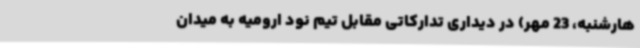
هارشنبه، 23 مهر) در دیداری تدارکاتی مقابل تیم نود ارومیه به میدان